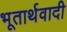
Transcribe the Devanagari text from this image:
भूतार्थवादी